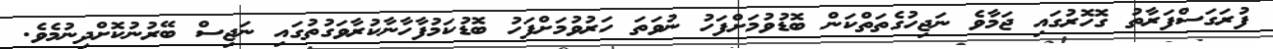
ފުރަގަސްފަރާތު ގޮހޮރުގައި ޖަމާވެ ނަޖިހުގެތަތްކަން ބޮޑުވުމަށްފަހު ނުވަތަ ހަރުވުމަށްފަހު ބޮޑުކަމުފާހާނާކުރާވަގުތުގައި ނަޖިސް ބޭރުނުކޮށްދިނުމެވެ.